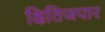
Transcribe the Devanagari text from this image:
क्षितिजपार